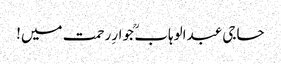
حاجی عبدالوہاب ؒ جوارِ رحمت میں!